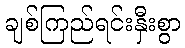
ချစ်ကြည်ရင်းနှီးစွာ